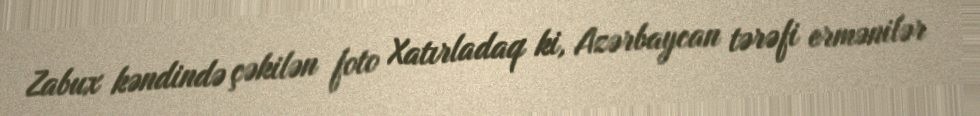
Zabux kəndində çəkilən foto Xatırladaq ki, Azərbaycan tərəfi ermənilər